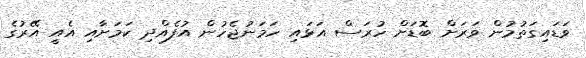
ވަޑައިގަތުމުން ވަރަށް ބޮޑަށް ހުރަސް އަޅައި ހަމަނުޖެހުން އުފެއްދި ކަމަށާއި އެއީ އޭރުގެ